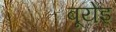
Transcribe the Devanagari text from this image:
बूयेइ